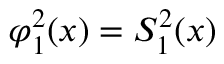
\varphi _ { 1 } ^ { 2 } ( x ) = S _ { 1 } ^ { 2 } ( x )